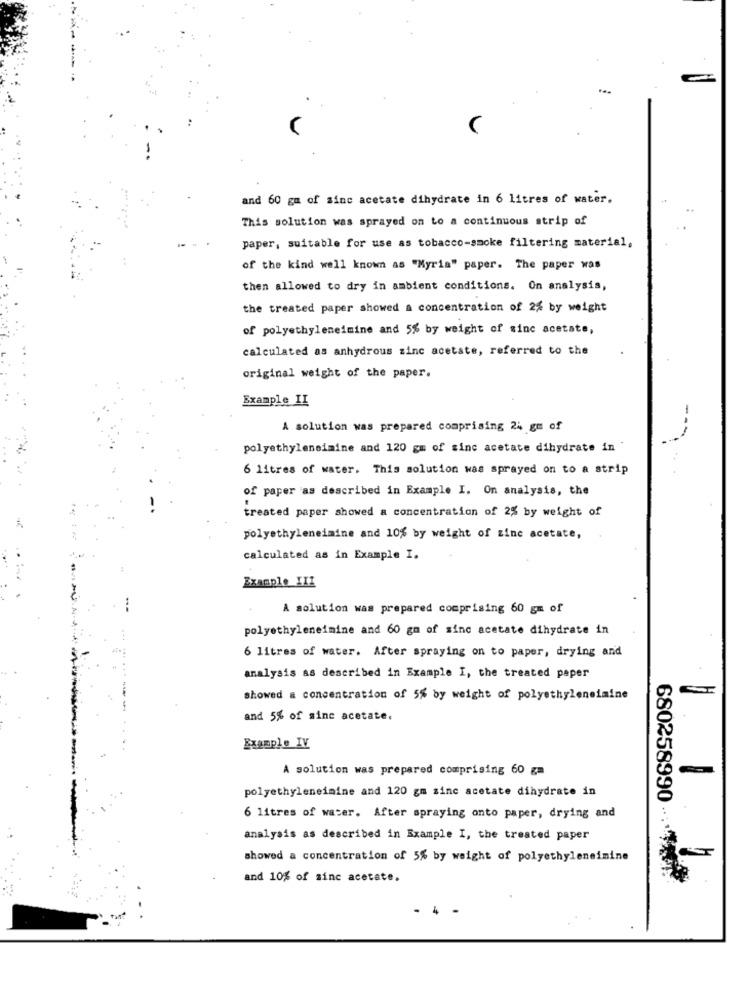
and 60 g of sinc acetate dihydrate in 6 litres of water.
This solution was sprayed on to a continuous strip of
paper, suitable for use as tobacco-smoke filtering material,
of the kind well known as "Myria" paper. The paper was
then allowed to dry in ambient conditions. On analysis,
the treated paper showed a concentration of 2% by weight
of polyethyleneimine and 5% by weight of sinc acetate,
calculated as anhydrous zinc acetate, referred to the
original weight of the paper.
Example II
A solution was prepared comprising 24 gm of
polyethyleneimine and 120 gm of sinc acetate dihydrate in
6 litres of water. This solution was sprayed on to a strip
of paper as described in Example I. On analysis, the
treated paper showed a concentration of 2% by weight of
polyethyleneimine and 10% by weight of zinc acetate,
calculated as in Example I.
Example III
A solution was prepared comprising 60 gm of
polyethyleneimine and 60 gm of sinc acetate dihydrate in
6 litres of water. After spraying on to paper, drying and
analysis as described in Example I, the treated paper
showed a concentration of 5% by weight of polyethyleneimine
and 5% of sine acetate.
Example IV
A solution was prepared comprising 60 gm
polyethyleneimine and 120 gm zinc acetate dihydrate in
680258990
6 litres of water. After spraying onto paper, drying and
analysis as described in Example I, the treated paper
showed a concentration of 5% by weight of polyethyleneimine
and 10% of sinc acetate.
4